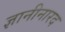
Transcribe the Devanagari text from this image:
ज्ञानीनारद